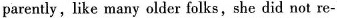
parently like many older folks,she did not re-